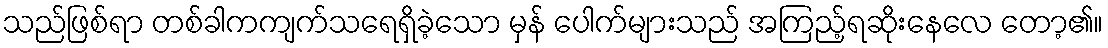
သည်ဖြစ်ရာ တစ်ခါကကျက်သရေရှိခဲ့သော မှန် ပေါက်များသည် အကြည့်ရဆိုးနေလေ တော့၏။